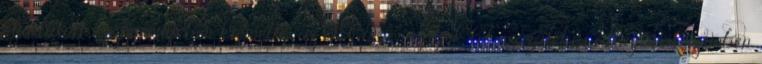
eljuttatott közleményében kiemelte: az OECD-országok 6,7 százalékos átlagával szemben